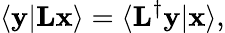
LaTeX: \langle\mathbf{y}\vert\mathbf{Lx}\rangle=\langle\mathbf{L}^{\dagger}\mathbf{y}\vert\mathbf{x}\rangle,